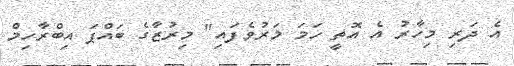
އެ ދަރި މިހާރު އެ އޮތީ ހަމަ މަރުވެފައި" މިރުޒާގެ ބައްޕަ އިބްރާހިމް